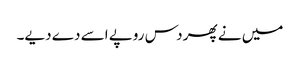
میں نے پھر دس روپے اسے دے دیے۔